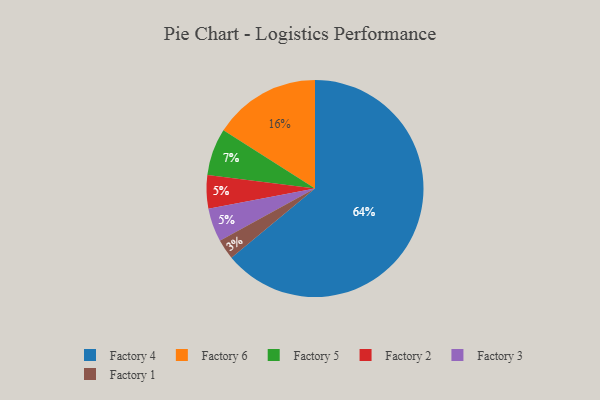
{"axis": {"x": "Category", "y": "Percentage"}, "legend": ["Factory 1", "Factory 2", "Factory 3", "Factory 4", "Factory 5", "Factory 6"], "data": [{"x": "Factory 5", "y": 7, "type": "Factory 5"}, {"x": "Factory 6", "y": 16, "type": "Factory 6"}, {"x": "Factory 2", "y": 5, "type": "Factory 2"}, {"x": "Factory 1", "y": 3, "type": "Factory 1"}, {"x": "Factory 4", "y": 64, "type": "Factory 4"}, {"x": "Factory 3", "y": 5, "type": "Factory 3"}]}